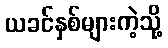
ယခင်နှစ်များကဲ့သို့